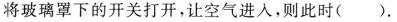
将玻璃罩下的开关打开，让空气进入，则此时( ).